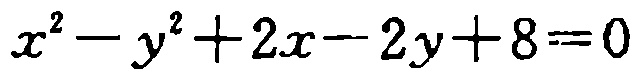
\(x^{2}-y^{2}+2x - 2y + 8 = 0\)